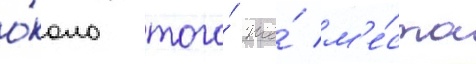
о́коло того́ же́ м'е́ста